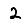
Digit: 2